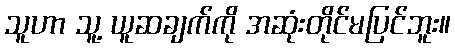
သူဟာ သူ့ ယူဆချက်ကို အဆုံးတိုင်မပြင်ဘူး။